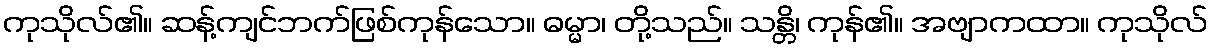
ကုသိုလ်၏။ ဆန့်ကျင်ဘက်ဖြစ်ကုန်သော။ ဓမ္မာ၊ တို့သည်။ သန္တိ၊ ကုန်၏။ အဗျာကထာ။ ကုသိုလ်